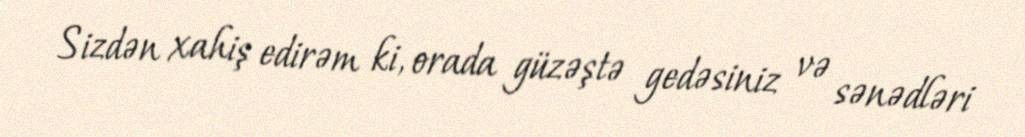
Sizdən xahiş edirəm ki, orada güzəştə gedəsiniz və sənədləri